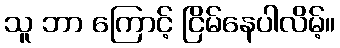
သူ ဘာ ကြောင့် ငြိမ်နေပါလိမ့်။